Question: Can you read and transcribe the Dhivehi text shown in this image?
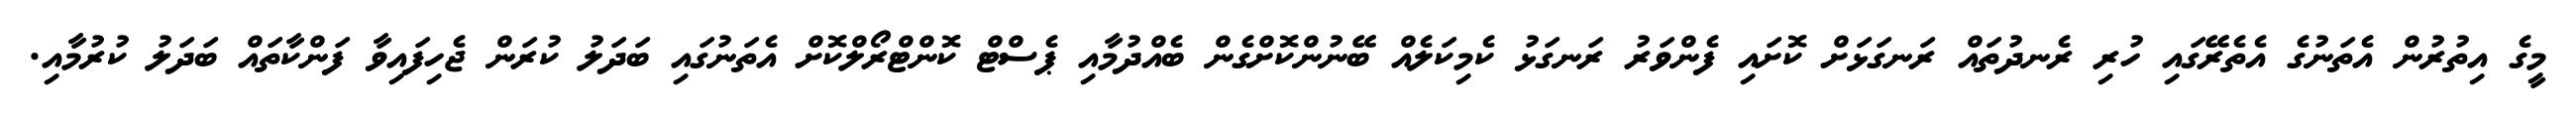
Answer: މީގެ އިތުރުން އެތަނުގެ އެތެރޭގައި ހުރި ރެނދުތައް ރަނގަޅަށް ކޮށައި ފެންވަރު ރަނގަޅު ކެމިކަލެއް ބޭނުންކޮށްގެން ބެއްދުމާއި ޕެސްޓް ކޮންޓްރޯލްކޮށް އެތަނުގައި ބަދަލު ކުރަން ޖެހިފައިވާ ފަންކާތައް ބަދަލު ކުރުމާއި.